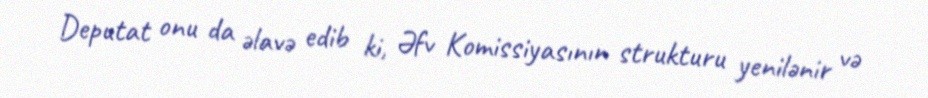
Deputat onu da əlavə edib ki, Əfv Komissiyasının strukturu yenilənir və